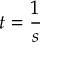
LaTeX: t = { \frac { 1 } { s } }